Indian journal of veterinary science and animal husbandry - Volume 14,
Year: 1944
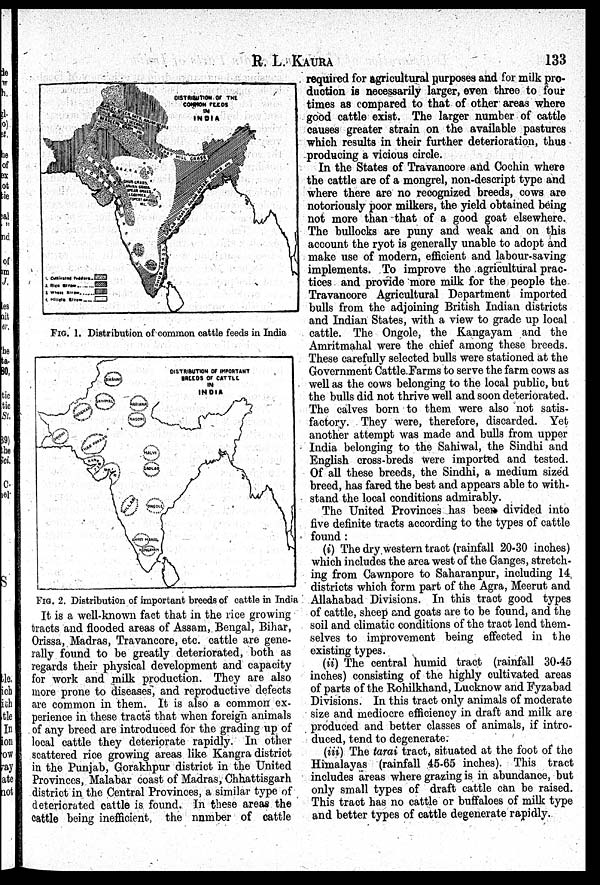
R. L.
KAURA
133
FIG. 1. Distribution of common cattle feeds in India
FIG. 2. Distribution of important breeds of cattle in India
It is a well-known fact that in the rice growing
tracts and flooded areas of Assam, Bengal, Bihar,
Orissa, Madras, Travancore, etc. cattle are gene-
rally found to be greatly deteriorated, both as
regards their physical development and capacity
for work and milk production. They are also
more prone to diseases, and reproductive defects
are common in them. It is also a common ex-
perience in these tracts that when foreign animals
of any breed are introduced for the grading up of
local cattle they deteriorate rapidly. In other
scattered rice growing areas like Kangra district
in the Punjab, Gorakhpur district in the United
Provinces, Malabar coast of Madras, Chhattisgarh
district in the Central Provinces, a similar type of
deteriorated cattle is found. In these areas the
cattle being inefficient, the number of cattle
required for agricultural purposes and for milk pro-
duction is necessarily larger, even three to four
times as compared to that of other areas where
good cattle exist. The larger number of cattle
causes greater strain on the available pastures
which results in their further deterioration, thus
producing a vicious circle.
In the States of Travancore and Cochin where
the cattle are of a mongrel, non-descript type and
where there are no recognized breeds, cows are
notoriously poor milkers, the yield obtained being
not more than that of a good goat elsewhere.
The bullocks are puny and weak and on this
account the ryot is generally unable to adopt and
make use of modern, efficient and labour-saving
implements. To improve the agricultural prac-
tices and provide more milk for the people the
Travancore Agricultural Department imported
bulls from the adjoining British Indian districts
and Indian States, with a view to grade up local
cattle. The Ongole, the Kangayam and the
Amritmahal were the chief among these breeds.
These carefully selected bulls were stationed at the
Government Cattle Farms to serve the farm cows as
well as the cows belonging to the local public, but
the bulls did not thrive well and soon deteriorated.
The calves born to them were also not satis-
factory. They were, therefore, discarded. Yet
another attempt was made and bulls from upper
India belonging to the Sahiwal, the Sindhi and
English cross-breds were imported and tested.
Of all these breeds, the Sindhi, a medium sized
breed, has fared the best and appears able to with-
stand the local conditions admirably.
The United Provinces has been divided into
five definite tracts according to the types of cattle
found:
(i) The dry western tract (rainfall 20-30 inches)
which includes the area west of the Ganges, stretch-
ing from Cawnpore to Saharanpur, including 14
districts which form part of the Agra, Meerut and
Allahabad Divisions. In this tract good types
of cattle, sheep and goats are to be found, and the
soil and climatic conditions of the tract lend them-
selves to improvement being effected in the
existing types.
(ii) The central humid tract (rainfall 30.45
inches) consisting of the highly cultivated areas
of parts of the Rohilkhand, Lucknow and Fyzabad
Divisions. In this tract only animals of moderate
size and mediocre efficiency in draft and milk are
produced and better classes of animals, if intro-
duced, tend to degenerate.
(iii) The tarai tract, situated at the foot of the
Himalayas (rainfall 45-65 inches). This tract
includes areas where grazing is in abundance, but
only small types of draft cattle can be raised.
This tract has no cattle or buffaloes of milk type
and better types of cattle degenerate rapidly.